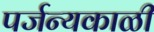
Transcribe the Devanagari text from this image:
पर्जन्यकाळी